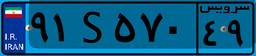
۳۱S۸۷۰۳۲